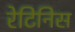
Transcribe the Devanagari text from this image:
रेटिनिस